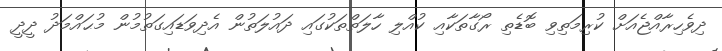
ދިވެހިރާއްޖެއަށް ކުރިމަތިވި ބޮޑެތި ރޯގާތަކާއި ކުއްލި ހާލަތްތަކުގައި ދައުލަތުން އެދިވަޑައިގަތުމުން މުޙައްމަދު ދީދީ